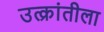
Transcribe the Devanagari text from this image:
उत्क्रांतीला